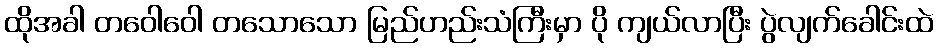
ထိုအခါ တဝေါဝေါ တသောသော မြည်ဟည်းသံကြီးမှာ ပို ကျယ်လာပြီး ပွဲလျက်ခေါင်းထဲ